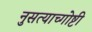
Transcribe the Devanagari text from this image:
नुसत्याच्गोष्टी